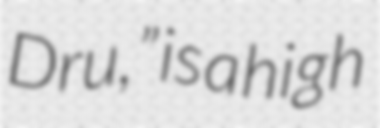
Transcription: Dru,” is a high